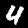
Digit: 4